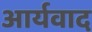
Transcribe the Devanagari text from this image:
आर्यवाद